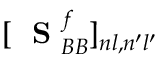
[ \mathrm { ~ \bf ~ S ~ } _ { B B } ^ { f } ] _ { n l , n ^ { \prime } l ^ { \prime } }